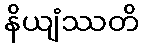
နိယျံဿတိ